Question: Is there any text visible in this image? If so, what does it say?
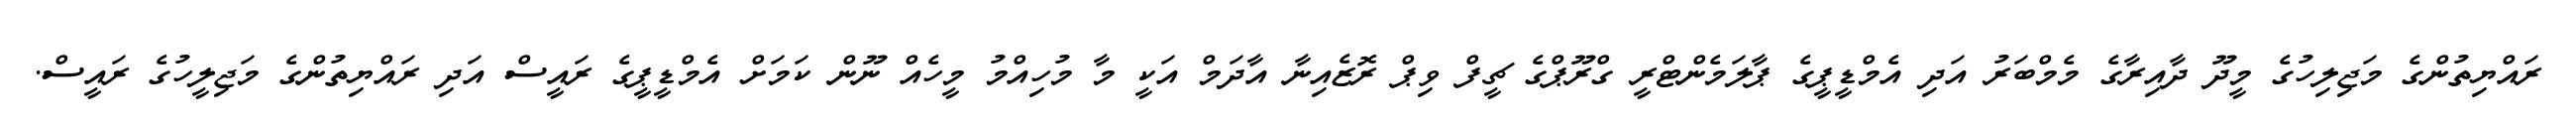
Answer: ރައްޔިތުންގެ މަޖިލިހުގެ މީދޫ ދާއިރާގެ މެމްބަރު އަދި އެމްޑީޕީގެ ޕާލަމެންޓްރީ ގްރޫޕްގެ ޗީފް ވިޕް ރޮޒެއިނާ އާދަމް އަކީ މާ މުހިއްމު މީހެއް ނޫން ކަމަށް އެމްޑީޕީގެ ރައީސް އަދި ރައްޔިތުންގެ މަޖިލީހުގެ ރައީސް.